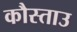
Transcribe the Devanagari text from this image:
कौस्ताउ